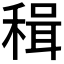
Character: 𥠋